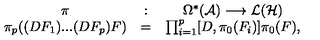
\begin{array} { c c c } { \pi } & { : } & { \Omega ^ { * } ( { \cal A } ) \longrightarrow { \cal L } ( { \cal H } ) } \\ { \pi _ { p } ( ( D F _ { 1 } ) . . . ( D F _ { p } ) F ) } & { = } & { \prod _ { i = 1 } ^ { p } [ D , \pi _ { 0 } ( F _ { i } ) ] \pi _ { 0 } ( F ) , } \\ \end{array}